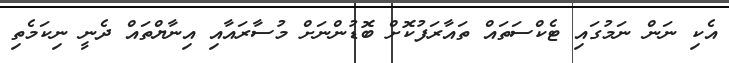
އެކި ނަން ނަމުގައި ޓެކްސަތައް ތައާރަފުކޮށް ބޮޑުންނަށް މުސާރައާއި އިނާޔްތައް ދެނީ ނިކަމެތި